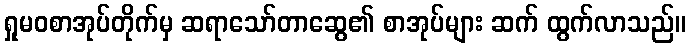
ရှုမဝစာအုပ်တိုက်မှ ဆရာသော်တာဆွေ၏ စာအုပ်များ ဆက် ထွက်လာသည်။